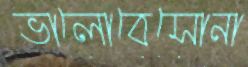
ভালোবেসোনা